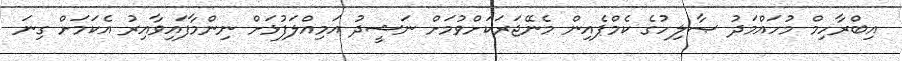
އިބްރާހިމް މުހައްމަދު ޞާލިހުގެ ކެމްޕެއިން މެނޭޖަރަކަށްވުމަށް ނަޝީދު އަމިއްލަފުޅަށް ނިންމާފައިވާއިރު އެކަމަށް ގިނަ